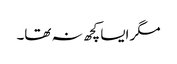
مگر ایسا کچھ نہ تھا۔